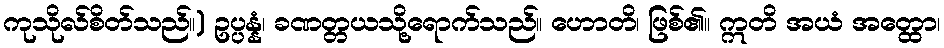
ကုသိုလ်စိတ်သည်။) ဥပ္ပန္နံ၊ ခဏတ္တယသို့ရောက်သည်။ ဟောတိ၊ ဖြစ်၏။ ဣတိ အယံ အတ္ထော၊